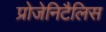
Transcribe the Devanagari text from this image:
प्रोजेनिटैलिस